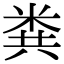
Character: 粪